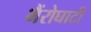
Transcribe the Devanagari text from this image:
भैंरोघाटी